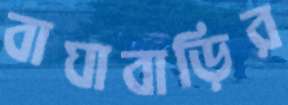
বাঘাবাড়ির